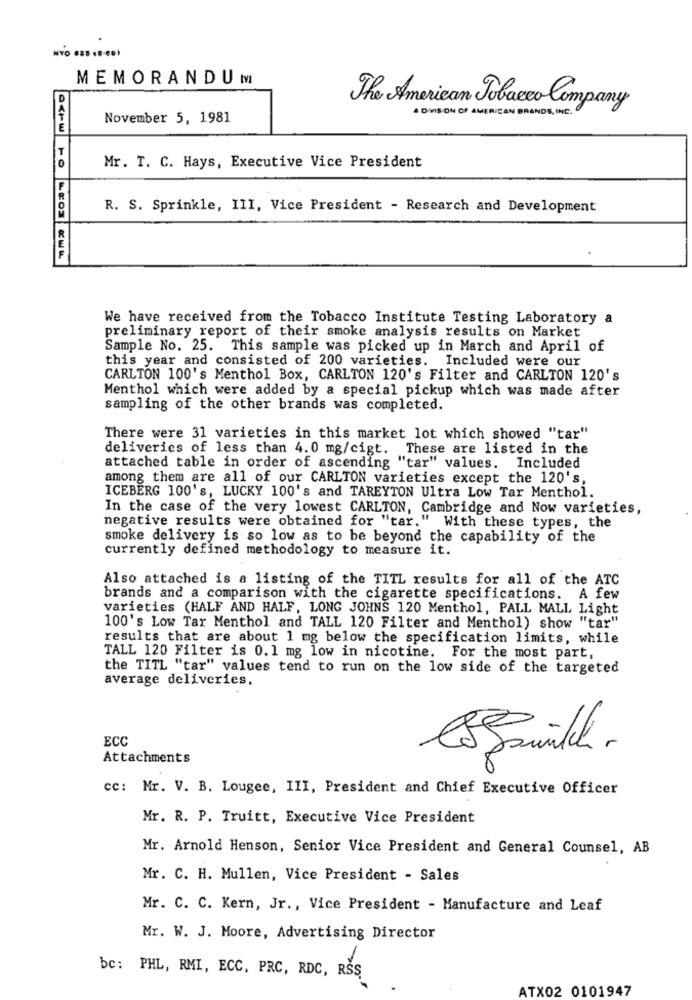
MEMORANDUM
D
The American Tobacco Company
A DIVISION OF AMERICAN BRANDS , INC.
November 5, 1981
Mr. T. C. Hays, Executive Vice President
R. S. Sprinkle, III, Vice President - Research and Development
We have received from the Tobacco Institute Testing Laboratory a
preliminary report of their smoke analysis results on Market
Sample No. 25. This sample was picked up in March and April of
this year and consisted of 200 varieties. Included were our
CARLTON 100's Menthol Box, CARLTON 120's Filter and CARLTON 120's
Menthol which were added by a special pickup which was made after
sampling of the other brands was completed.
There were 31 varieties in this market lot which showed "tar"
deliveries of less than 4. 0 mg/cigt. These are listed in the
attached table in order of ascending "tar" values. Included
among them are all of our CARLTON varieties except the 120's,
ICEBERG 100's, LUCKY 100's and TAREYTON Ultra Low Tar Menthol.
In the case of the very lowest CARLTON, Cambridge and Now varieties,
negative results were obtained for "tar." With these types, the
smoke delivery is so low as to be beyond the capability of the
currently defined methodology to measure it.
Also attached is a listing of the TITL results for all of the ATC
brands and a comparison with the cigarette specifications. A few
varieties (HALF AND HALF, LONG JOHNS 120 Menthol, PALL MALL Light
100's Low Tar Menthol and TALL 120 Filter and Menthol) show "tar"
results that are about 1 mg below the specification limits, while
TALL 120 Filter is 0.1 mg low in nicotine. For the most part,
the TITL "tar" values tend to run on the low side of the targeted
average deliveries.
ECC
Attachments
cc: Mr. V. B. Lougee, III, President and Chief Executive Officer
Mr. R. P. Truitt, Executive Vice President
Mr. Arnold Henson, Senior Vice President and General Counsel, AB
Mr. C. H. Mullen, Vice President - Sales
Mr. C. C. Kern, Jr ., Vice President - Manufacture and Leaf
Mr. W. J. Moore, Advertising Director
bc: PHL, RMI, ECC, PRC, RDC, RSS
ATX02 0101947